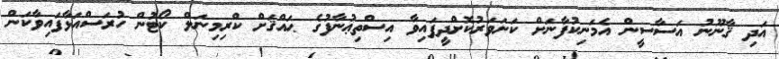
އަދި ޤާނޫނު އަސާސީން އެމަނިކުފާނަށް ކަށަވަރުކޮށްދީފައިވާ އިސްތިޢުނާފުގެ ޙައްޤަށް ކްރިމިނަލް ކޯޓުން ހުރަސްއަޅާފައިވާކަން